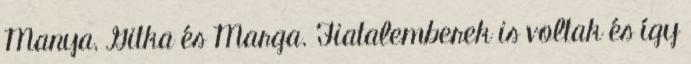
Manya, Gitka és Marga. Fiatalemberek is voltak és így